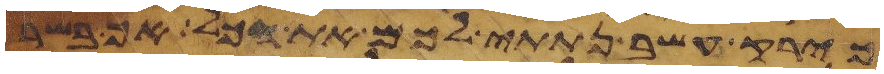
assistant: כירק עשב נתתי לכם את הכל אך בשר